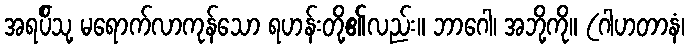
အရပ်ိသု့ မရောက်လာကုန်သော ရဟန်းတို့၏လည်း။ ဘာဂေါ၊ အဘို့ကို။ (ဂါဟတာနံ၊